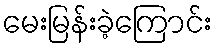
မေးမြန်းခဲ့ကြောင်း